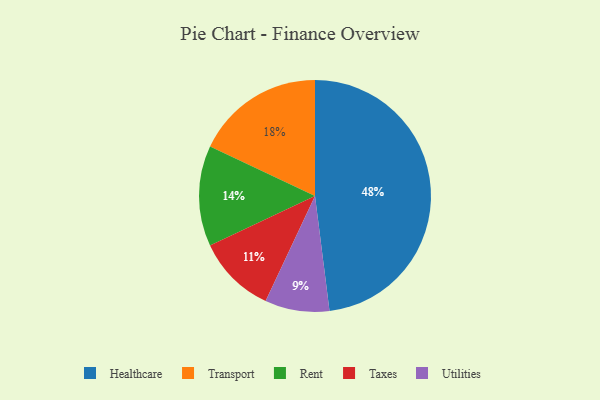
{"axis": {"x": "Category", "y": "Percentage"}, "legend": ["Healthcare", "Rent", "Taxes", "Transport", "Utilities"], "data": [{"x": "Transport", "y": 18, "type": "Transport"}, {"x": "Rent", "y": 14, "type": "Rent"}, {"x": "Taxes", "y": 11, "type": "Taxes"}, {"x": "Healthcare", "y": 48, "type": "Healthcare"}, {"x": "Utilities", "y": 9, "type": "Utilities"}]}